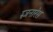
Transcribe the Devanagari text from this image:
म्न्ज़नारेस